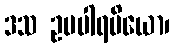
ဒသ ဥပပါရမိယော၊